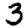
Digit: 3